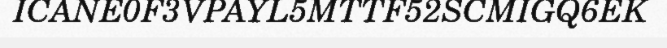
ICANE0F3VPAYL5MTTF52SCMIGQ6EK